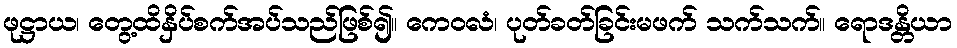
ဖုဋ္ဌာယ၊ တွေ့ထိနှိပ်စက်အပ်သည်ဖြစ်၍။ ကေဝလံ၊ ပုတ်ခတ်ခြင်းမဖက် သက်သက်။ ရောဒန္တိယာ